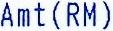
AMT(RM)